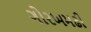
ગોરખમઢી